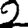
Digit: 2